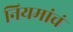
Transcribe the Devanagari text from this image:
नियमांचं